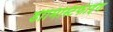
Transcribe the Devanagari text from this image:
डीमिस्टिफाईंग